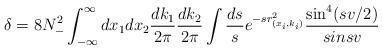
LaTeX: \begin{align*}\delta=8N_{-}^{2}\int_{-\infty}^{\infty} dx_1 dx_2 \frac{dk_1}{2\pi}\frac{dk_2}{2\pi}\int \frac{ds}{s} e^{-sr^2_{(x_i,k_i)}}\frac{\sin^{4} (sv/2)}{sin sv}\end{align*}